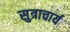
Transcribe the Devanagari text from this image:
सुत्राचार्य